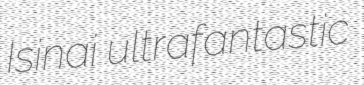
Isinai ultrafantastic